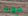
مورف